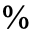
%